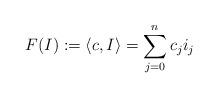
LaTeX: \begin{align*} F(I) := \langle c ,I\rangle = \sum_{j=0}^n c_j i_j \end{align*}